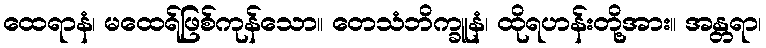
ထေရာနံ၊ မထေရ်ဖြစ်ကုန်သော။ တေသံဘိက္ခူနံ၊ ထိုရဟန်းတို့အား။ အန္တရာ၊